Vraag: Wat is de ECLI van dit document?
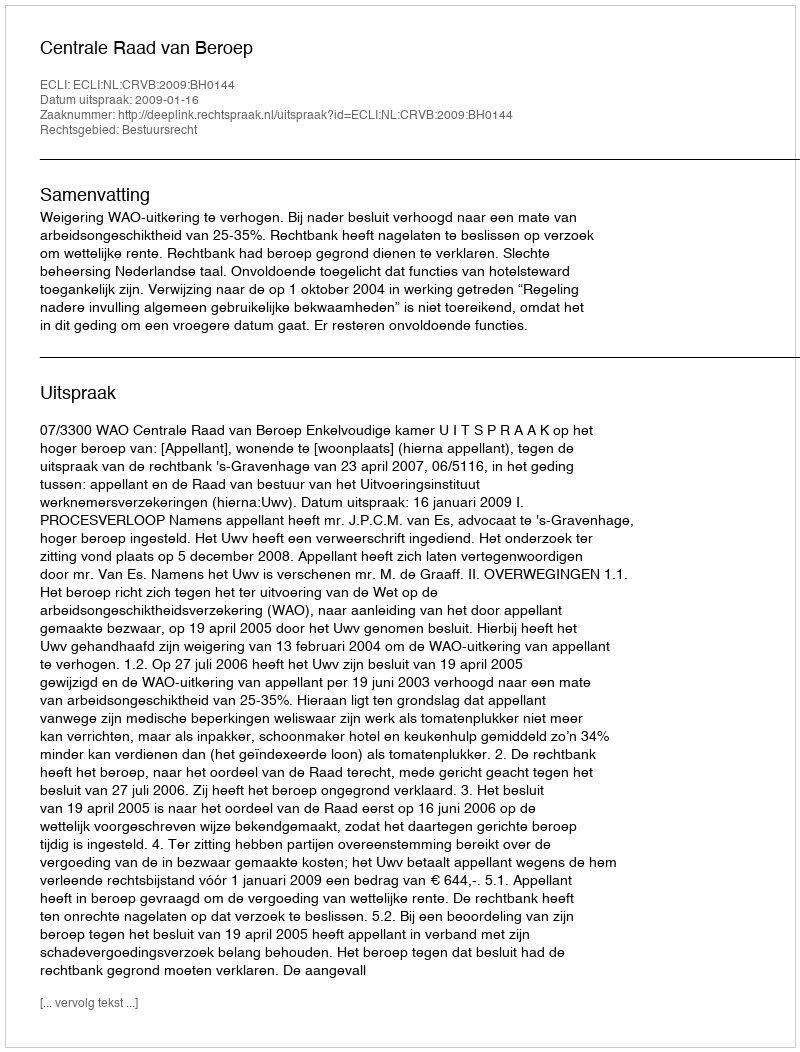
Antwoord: ECLI:NL:CRVB:2009:BH0144